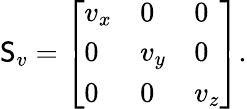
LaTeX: \mathsf{S}_{v}={\left[\begin{array}{lll}{v_{x}}&{0}&{0}\\ {0}&{v_{y}}&{0}\\ {0}&{0}&{v_{z}}\end{array}\right]}.